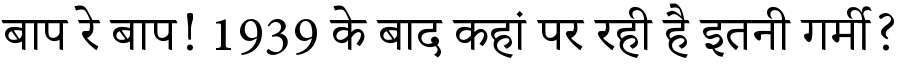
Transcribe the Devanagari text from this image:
बाप रे बाप! 1939 के बाद कहां पर रही है इतनी गर्मी?